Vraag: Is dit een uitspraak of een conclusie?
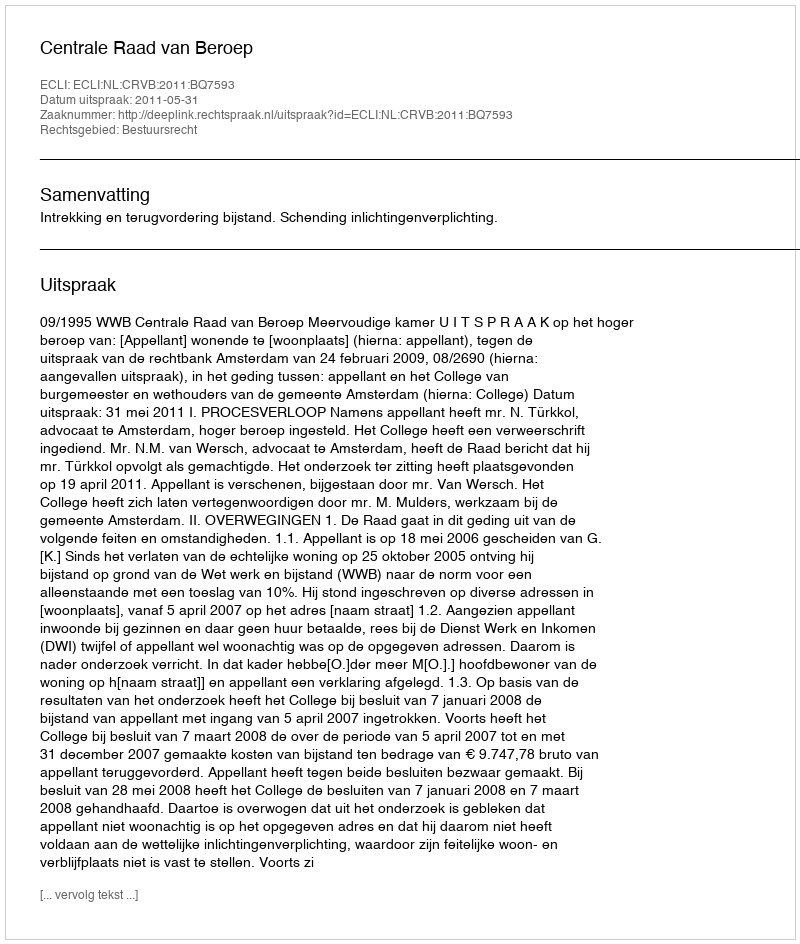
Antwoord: Uitspraak